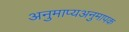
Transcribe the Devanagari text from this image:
अनुमाप्यअनुमापक